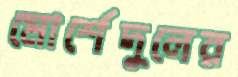
মোর্শেদুলের